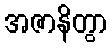
အဇာနိတွာ